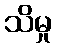
သိမှု